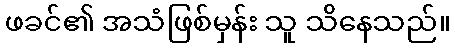
ဖခင်၏ အသံဖြစ်မှန်း သူ သိနေသည်။